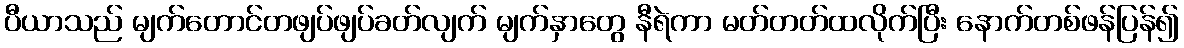
ပီယာသည် မျက်တောင်တဖျပ်ဖျပ်ခတ်လျက် မျက်နှာတွေ နီရဲကာ မတ်တတ်ထလိုက်ပြီး နောက်တစ်ဖန်ပြန်၍